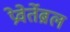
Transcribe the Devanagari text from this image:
प्रेवेर्तेब्रल